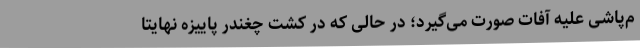
م‌پاشی علیه آفات صورت می‌گیرد؛ در حالی که در کشت چغندر پاییزه نهایتا